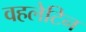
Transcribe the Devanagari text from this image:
वहलेटिन